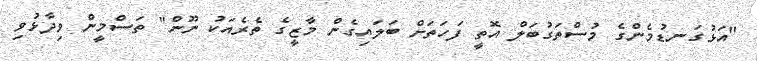
"އަޅުގަނޑުމެންގެ މުސްތަގުބަލް އޮތީ ފަހަތަށް ބަލައިގެން މާޒީގެ ތެރެއަކު ނޫން" ތަސްމީން ވިދާޅުވި